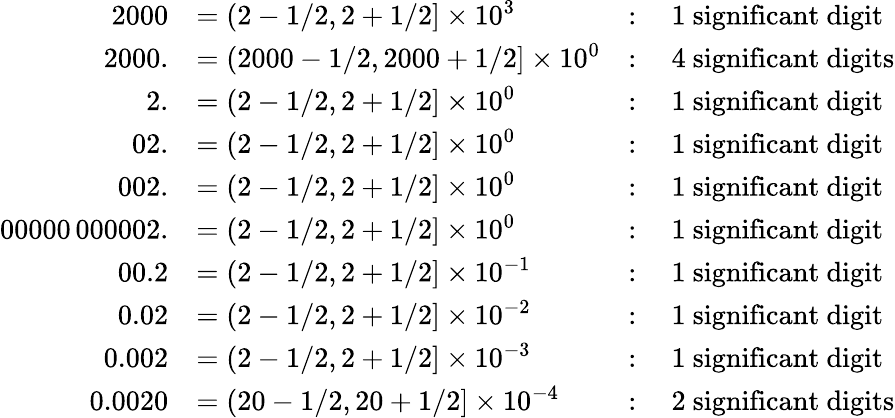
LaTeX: \begin{array}{rlrl}{2000}&{=(2-1/2,2+1/2]\times 10^{3}}&{:}&{\mathrm{~1~significant~digit}}\\ {2000.}&{=(2000-1/2,2000+1/2]\times 10^{0}}&{:}&{\mathrm{~4~significant~digits}}\\ {2.}&{=(2-1/2,2+1/2]\times 10^{0}}&{:}&{\mathrm{~1~significant~digit}}\\ {02.}&{=(2-1/2,2+1/2]\times 10^{0}}&{:}&{\mathrm{~1~significant~digit}}\\ {002.}&{=(2-1/2,2+1/2]\times 10^{0}}&{:}&{\mathrm{~1~significant~digit}}\\ {00000\, 000002.}&{=(2-1/2,2+1/2]\times 10^{0}}&{:}&{\mathrm{~1~significant~digit}}\\ {00.2}&{=(2-1/2,2+1/2]\times 10^{-1}}&{:}&{\mathrm{~1~significant~digit}}\\ {0.02}&{=(2-1/2,2+1/2]\times 10^{-2}}&{:}&{\mathrm{~1~significant~digit}}\\ {0.002}&{=(2-1/2,2+1/2]\times 10^{-3}}&{:}&{\mathrm{~1~significant~digit}}\\ {0.0020}&{=(20-1/2,20+1/2]\times 10^{-4}}&{:}&{\mathrm{~2~significant~digits}}\end{array}